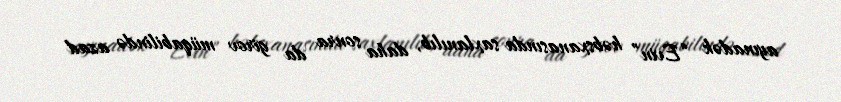
ayınadək “Evin” həbsxanasında saxlanılıb, daha sonra da girov müqabilində azad